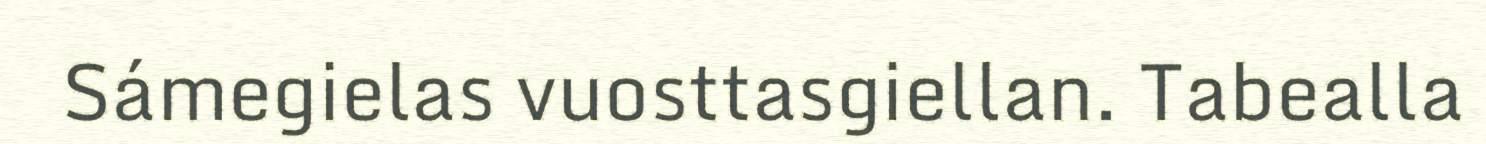
Sámegielas vuosttasgiellan. Tabealla